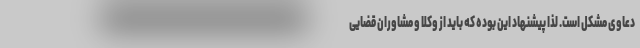
دعاوی مشکل است. لذا پیشنهاد این بوده که باید از وکلا و مشاوران قضایی